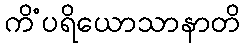
ကိံပရိယောသာနာတိ